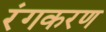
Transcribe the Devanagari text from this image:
रंगकरण